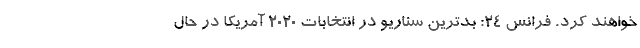
خواهند کرد. فرانس ۲۴: بدترین سناریو در انتخابات ۲۰۲۰ آمریکا در حال